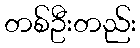
တစ်ဦးတည်း